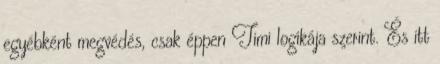
egyébként megvédés, csak éppen Timi logikája szerint. És itt